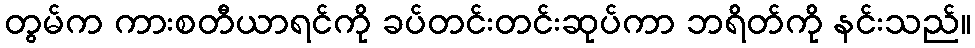
တွမ်က ကားစတီယာရင်ကို ခပ်တင်းတင်းဆုပ်ကာ ဘရိတ်ကို နင်းသည်။